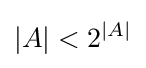
|A|<2^{|A|}